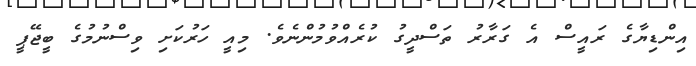
އިންޑިޔާގެ ރައީސް އެ ގަރާރު ތަސްދީގު ކުރެއްވުމުންނެވެ. މިއީ ހަރުކަށި ވިސްނުމުގެ ބީޖޭޕީ